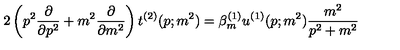
2 \left( p ^ { 2 } \frac { \partial } { \partial p ^ { 2 } } + m ^ { 2 } \frac { \partial } { \partial m ^ { 2 } } \right) t ^ { ( 2 ) } ( p ; m ^ { 2 } ) = \beta _ { m } ^ { ( 1 ) } u ^ { ( 1 ) } ( p ; m ^ { 2 } ) \frac { m ^ { 2 } } { p ^ { 2 } + m ^ { 2 } }